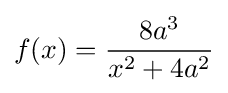
f(x)={\frac {8a^{3}}{x^{2}+4a^{2}}}